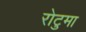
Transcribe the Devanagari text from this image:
रोटुमा